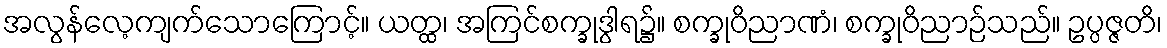
အလွန်လေ့ကျက်သောကြောင့်။ ယတ္ထ၊ အကြင်စက္ခုဒွါရ၌။ စက္ခုဝိညာဏံ၊ စက္ခုဝိညာဉ်သည်။ ဥပ္ပဇ္ဇတိ၊